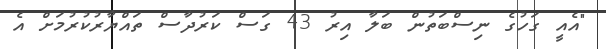
"އެއީ ގަހުގެ ނިސްބަތުން ބަލާ އިރު 43 ގަސް ކަރުދާސް ތައްޔާރުކުރުމަށް އެ